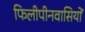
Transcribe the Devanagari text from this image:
फिलीपीनवासियों